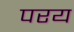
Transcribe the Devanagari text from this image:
परय